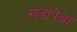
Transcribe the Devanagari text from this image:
खंडापेक्षा